Uue-Poltsamaa_vallakohus, lk 62
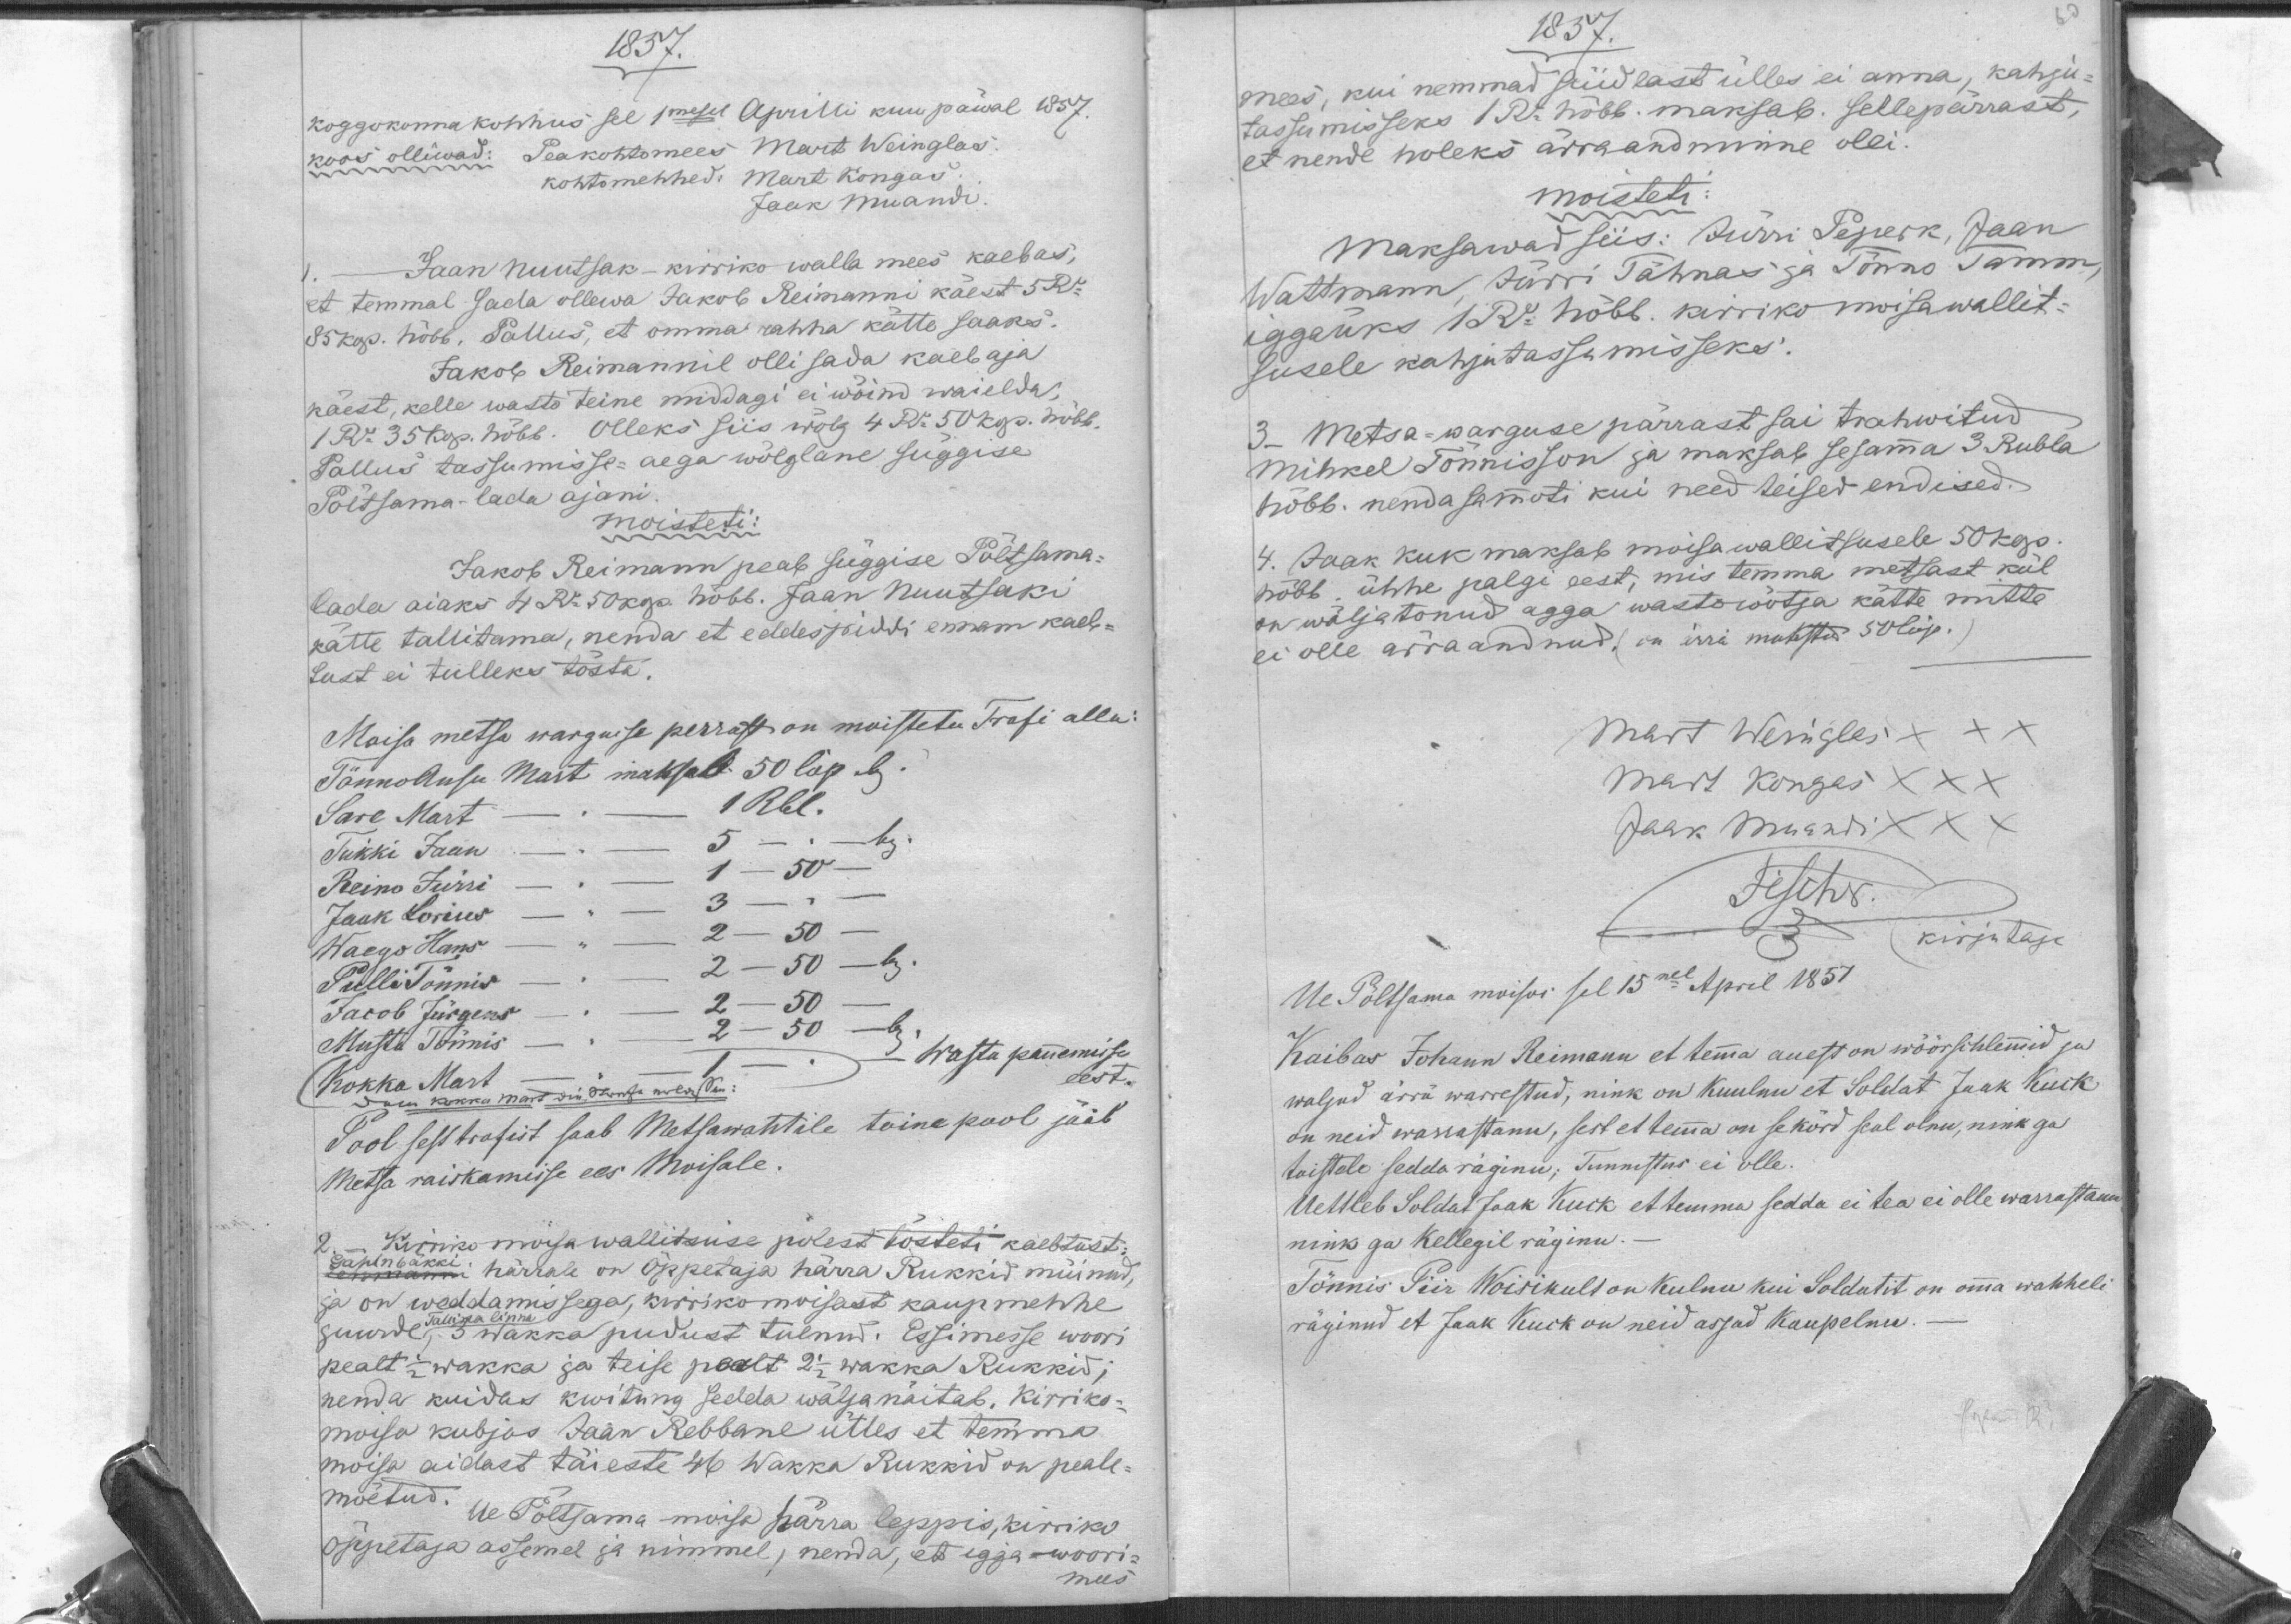
1857.koggokonna kohhus sel 1mesel Aprilli kuu päwal 1857.koos olliwad: Peakohtomees Mart WeinglasMart Kongaskohtomehhed:Jaak MuandiJaan Nuutsak - kirriko walla mees kaebas,et temmal sada ollewa Jakob Reimanni käest 5 Ru85 kop. hõbb. Pallus, et omma rahha kätte saaks.Jakob Reimannil olli sada kaebajakäest, kelle wasto teine middagi ei wõind waielda;1 Ru 35 kop. hõbb. Olleks siis wõlg 4 Ru 50 kop. hõbb.Pallus tassumisse-aega wõlglane süggisePõltsama-lada ajani.moisteti:Jakob Reimann peab süggise Põltsama-lada aiaks 4 Ru 50 kop. hõbb. Jaan Nuutsakikätte tallitama, nenda et eddespiddi ennam kaeb-lust ei tulleks tõsta.Moisa metsa wargusse perrast on moistetu Trafi allaTönno-Ansu Mart maksab 50 Cop.1 Rbl.Sare MartTükki Jaan501Reino Jürri3Jaak Lorius502Haego Hans502Pulli Tönnis502Jacob Jürgens502Musta TõnnisWasta pannemisseeest.Kokka MartPool sest trafist saab metsawahtile teine pool jääbMetsa raiskamisse ees Moisale.Kirriko moisa wallitsuse polest tõsteti kaebtust:Gahlnbäkkihärrale on Õppetaja härra Rukkid münud,ja on weddamissega kirriko-moisast kaupmehheTallinna linnajuurde, 3 Wakka pudust tulnud. Essimesse wooripealt 1/2 wakka ja teise pealt 2 1/2 wakka Rukkid,nenda kuidas kwiitung sedda wälja näitab. Kirriko-moisa kubjas Jaan Rebbane ütles et temmamoisa aidast täieste 46 Wakka Rukkid on peale-mõetud. Ue Põltsama moisa härra leppis, kirrikoõppetaja assemel ja nimmel nenda, et igga woori-mees

1857.mees, kui nemmad süüdlast ülles ei anna, kahjutassumisseks 1 Ru hõbb. maksab selleparrast,et nende holeks ärraandminne olli.moisteti:Maksawad siis: Jürri Peperk, JaanWattmann, Jürri Tähnas ja Tõnno Tamm,iggaüks 1 Ru hõbb. kirriko moisawallit-susele kahjutassumisseks.3. Metsa-warguse pärrast sai trahwitudMihkel Tõnnisson ja maksab sesamma 3 Rublahõbb. nendasamuti kui neid teised endised.4. Jaak Kuk maksab moisawallitsusele 50 kop.hõbb. ühhe palgi eest, mis temma metsast külon wälja tonud agga wastowötja kätte mitteei olle ärraandnud.( on ärra makstud 50 Cop.)Mart Weinglas XXXMart Kongas XXXJaak Muandi XXXkirjutajaUe Põltsama moisas sel 15nel April 1857Kaibas Johann Reimann et temma auest on wöörschlemmid jawaljad ärra warrestud, nink on kuulnu et Soldat Jaak Kuckon neid warrastanu, sest et temma on se kõrd seal olnu, nink gatoistele sedda räginu, tunnistus ei olle.Uettleb Soldat Jaak Kuck et temma sedda ei tea ei olle warrastanunink ga kellegil räginu.Tönnis Piir Woisikult on kulnu kui Soldatit on omma wahheliräginud et Jaak Kuck on neid asjad kaupelnu